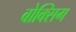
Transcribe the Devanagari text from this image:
बोक्सिग